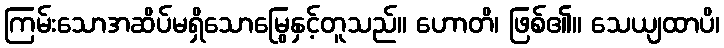
ကြမ်းသောအဆိပ်မရှိသောမြွေနှင့်တူသည်။ ဟောတိ၊ ဖြစ်၏။ သေယျထာပိ၊